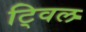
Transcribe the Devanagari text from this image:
ट्विल